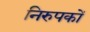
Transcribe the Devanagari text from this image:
निरुपकों